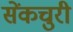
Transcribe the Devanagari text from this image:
सेंकचुरी